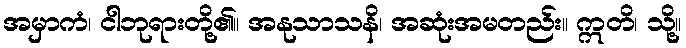
အမှာကံ၊ ငါဘုရားတို့၏။ အနုသာသနိ၊ အဆုံးအမတည်း။ ဣတိ၊ သို့။